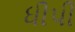
ધીપી